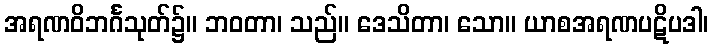
အရဏဝိဘင်္ဂသုတ်၌။ ဘဝတာ၊ သည်။ ဒေသိတာ၊ သော။ ယာစအရဏပဋိပဒါ၊